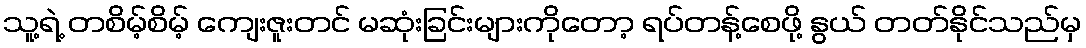
သူ့ရဲ့ တစိမ့်စိမ့် ကျေးဇူးတင် မဆုံးခြင်းများကိုတော့ ရပ်တန့်စေဖို့ နွယ် တတ်နိုင်သည်မှ